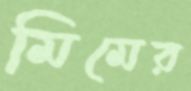
মিমের